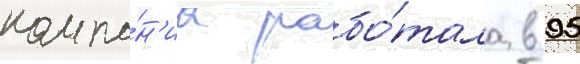
компа́н'иа рабо́тала в 95